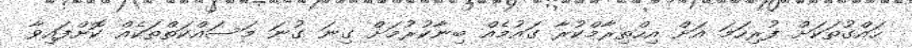
ހައްގުތަކަށް ފުރިހަމަ އަށް އިހްތިރާމްކުރާ ގައުމެއް ބިނާކުރުމަށް ގިނަ ގުނަ މަސައްކަތްތަކެއް ކޮށްފައިވާ